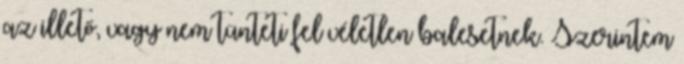
az illető, vagy nem tünteti fel véletlen balesetnek. Szerintem